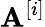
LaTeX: \mathbf{A}^{[i]}